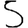
Digit: 5